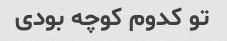
تو کدوم کوچه بودی